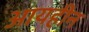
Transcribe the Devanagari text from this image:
आयहीन